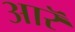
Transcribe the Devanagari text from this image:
आरॅ